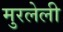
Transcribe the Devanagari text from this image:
मुरलेली